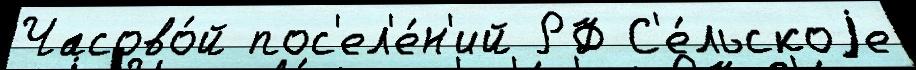
Часово́й пос'ел'е́н'ий РФ С'е́льскоjе